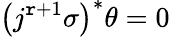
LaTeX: \left(j^{\mathtt{r}+1}\sigma\right)^{*}\theta=0